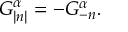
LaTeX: \left. \Delta _ { q } ^ { \mathrm { w e a k } } \right| _ { x _ { t } = 0 } = \frac { G _ { F } M _ { Z } ^ { 2 } } { 8 \pi ^ { 2 } \sqrt 2 } \left[ \frac { 1 } { 2 } - 3 \left( 1 - 4 s _ { w } ^ { 2 } | Q _ { q } | \right) ^ { 2 } + c _ { w } ^ { 2 } \left( \frac { 3 } { s _ { w } ^ { 2 } } \ln c _ { w } ^ { 2 } - 5 \right) \right] ,